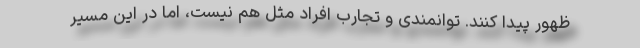
ظهور پیدا کنند. توانمندی و تجارب افراد مثل هم نیست، اما در این مسیر